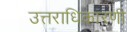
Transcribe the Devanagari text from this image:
उत्तराधिकारणी